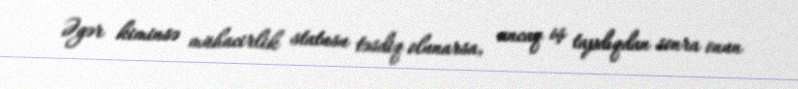
Əgər kiminsə mühacirlik statusu təsdiq olunarsa, ancaq iş tapdıqdan sonra onun